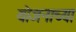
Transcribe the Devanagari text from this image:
योजनाच्या